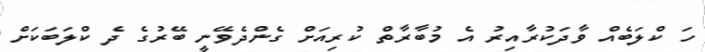
ހަ ކްލަބެއް ވާދަކުރާއިރު އެ މުބާރާތް ކުރިއަށް ގެންދެވޭނީ ބޭރުގެ ދެ ކްލަބަކަށް